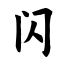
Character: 闪